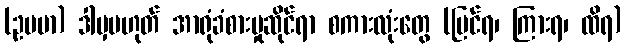
(ဥပမာ) ဒါမှမဟုတ် အာရုံခံစားမှုဆိုင်ရာ စကားလုံးတွေ (မြင်ရ၊ ကြားရ၊ ထိရ)